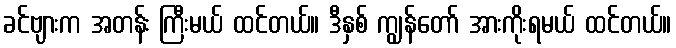
ခင်ဗျားက အတန်း ကြီးမယ် ထင်တယ်။ ဒီနှစ် ကျွန်တော် အားကိုးရမယ် ထင်တယ်။